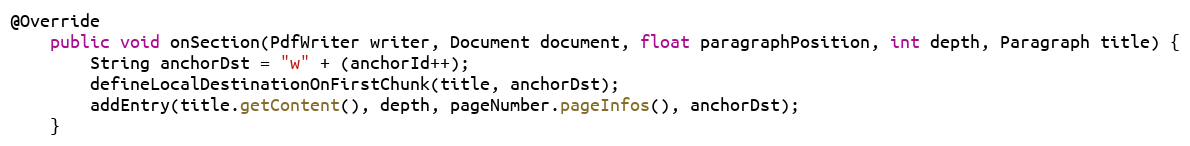
Language: Java
@Override
    public void onSection(PdfWriter writer, Document document, float paragraphPosition, int depth, Paragraph title) {
        String anchorDst = "w" + (anchorId++);
        defineLocalDestinationOnFirstChunk(title, anchorDst);
        addEntry(title.getContent(), depth, pageNumber.pageInfos(), anchorDst);
    }